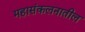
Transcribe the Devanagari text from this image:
महासंकलनातील